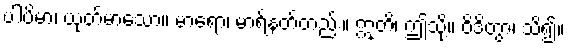
ပါပိမာ၊ ယုတ်မာသော။ မာရော၊ မာရ်နတ်တည်း။ ဣတိ၊ ဤသို့။ ဝိဒိတွာ၊ သိ၍။